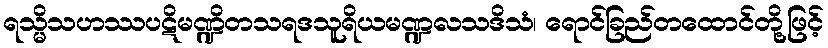
ရသ္မိသဟဿပဋိမဏ္ဍိတသရဒသူရိယမဏ္ဍလသဒိသံ၊ ရောင်ခြည်တထောင်တို့ဖြင့်